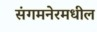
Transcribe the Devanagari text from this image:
संगमनेरमधील